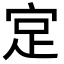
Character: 𪧎